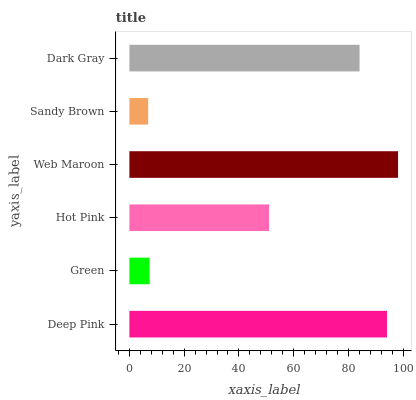
| yaxis_label | bars |
 | --- | --- |
 | Deep Pink | 94.1 |
 | Green | 7.39 |
 | Hot Pink | 51 |
 | Web Maroon | 98.1 |
 | Sandy Brown | 6.86 |
 | Dark Gray | 84 |